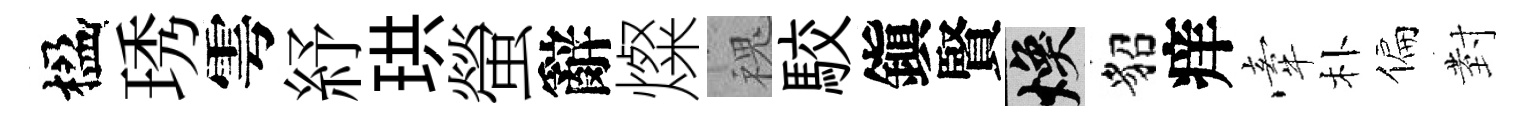
楹琇雩紓珙螢辭燦槐駮鎭賢焕貂痒牽朴偏𭔹